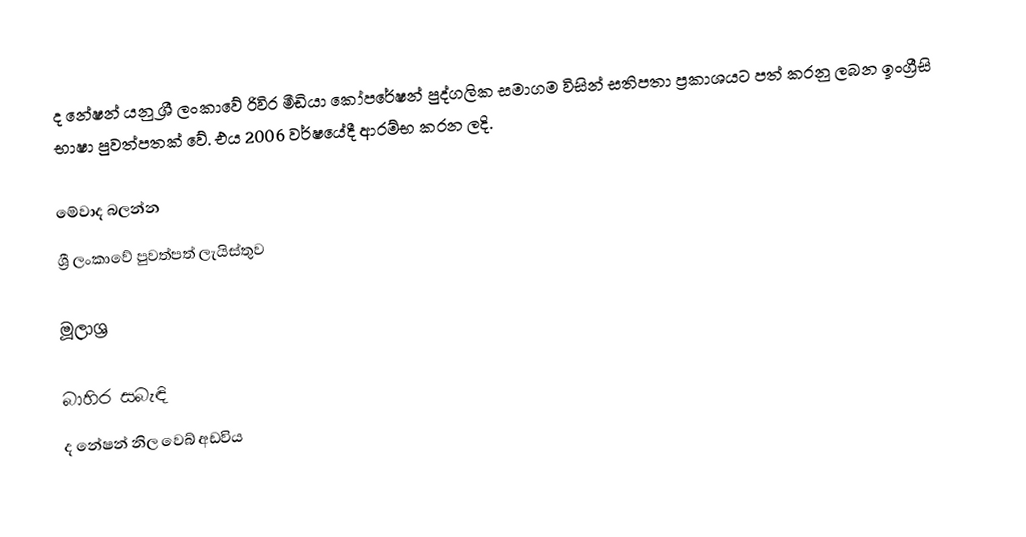
ද නේෂන්  යනු ශ්‍රී ලංකාවේ රිවිර මීඩියා කෝපරේෂන් පුද්ගලික සමාගම විසින් සතිපතා ප්‍රකාශයට පත් කරනු ලබන ඉංග්‍රීසි භාෂා පුවත්පතක් වේ. එය 2006 වර්ෂයේදී ආරම්භ කරන ලදි.

මේවාද බලන්න
ශ්‍රී ලංකාවේ පුවත්පත් ලැයිස්තුව

මූලාශ්‍ර

බාහිර සබැඳි
 ද නේෂන් නිල වෙබ් අඩවිය